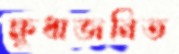
ক্ষুধাজনিত